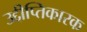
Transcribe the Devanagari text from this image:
उद्दीप्तिकारक